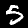
Digit: 5